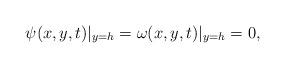
LaTeX: \begin{align*} {\psi} (x,y,t)\vert_{y=h} = \omega(x, y, t)\vert_{y=h}=0,\end{align*}